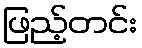
ဖြည့်တင်း